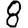
Digit: 8